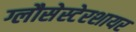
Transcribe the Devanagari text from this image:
ग्लौसेस्टेरशायर